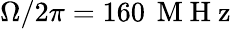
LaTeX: \Omega/2\pi=160\, \mathrm{~M~H~z~}